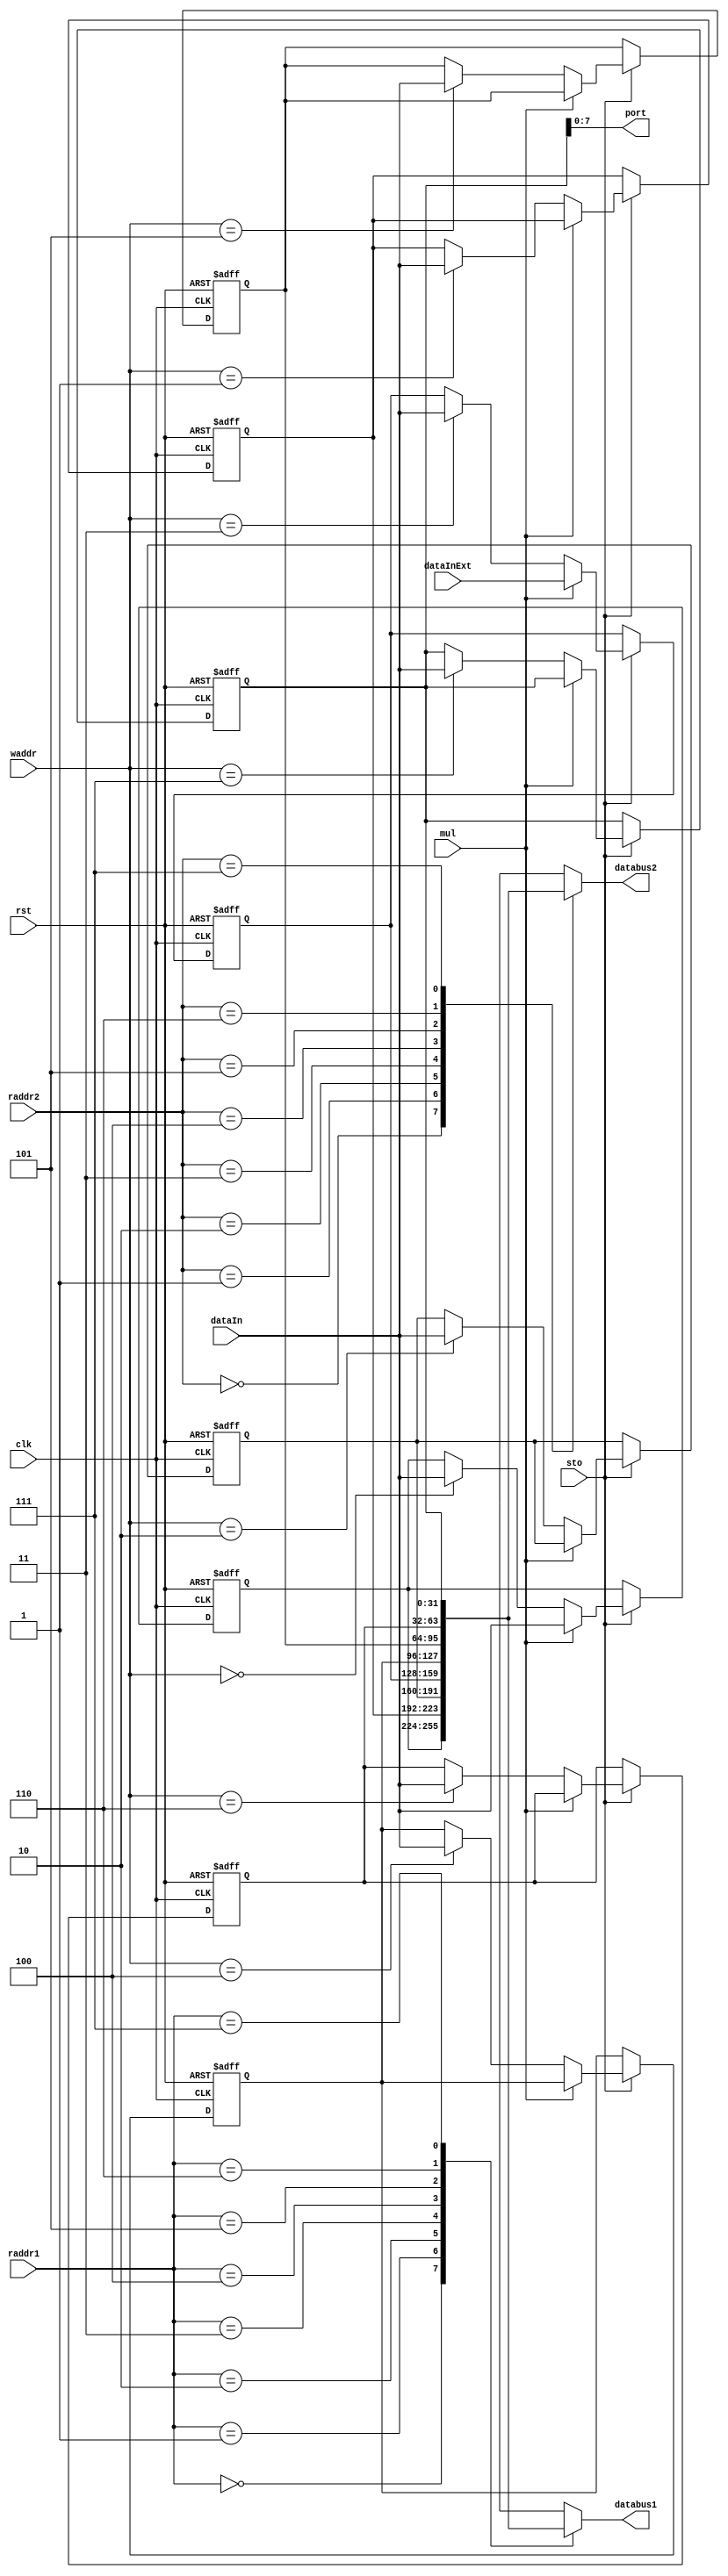
// Omar Amer
// 8 X 32 Register File

module regFile (
    output [31:0] databus1,
    output [31:0] databus2,
    output [7 :0] port,

    input [2:0]  waddr,
    input [2:0]  raddr1,
    input [2:0]  raddr2,
    input        clk,
    input        rst,
    input        sto,
    input        mul,
    
    input [31:0] dataIn,
    input [31:0] dataInExt // Used for multiplication
);

    reg [31:0] regFile [7:0];

    integer i = 0;
    always @(posedge clk , posedge rst) begin
        i = 0;
        if (rst) begin
            for (i = 0;i < 8 ; i = i + 1 ) begin
                regFile[i] <= {32{1'b0}};
            end
        end
        else if (sto) begin
            if (mul) begin
                regFile[3] <= dataInExt; // add the upper part of the multiplication operation to the DX register
                regFile[0] <= dataIn; // LOWER TO AX
            end
            else begin
                regFile[waddr] <= dataIn;
            end
        end

    end

assign databus1 = regFile[raddr1];
assign databus2 = regFile[raddr2];
assign port     = regFile[7][7:0];


endmodule